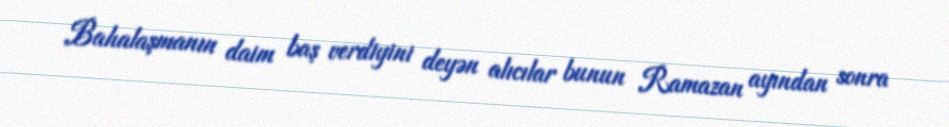
Bahalaşmanın daim baş verdiyini deyən alıcılar bunun Ramazan ayından sonra